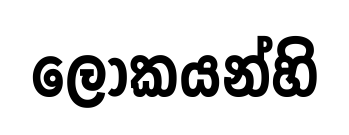
ලෝකයන්හි